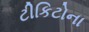
ટીકિટોના